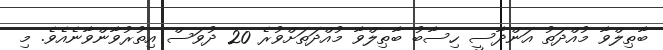
ބާޠިލްވާ މުއްދަތު އަންދާސީ ހިސާބު ބާޠިލްވާ މުއްދަތަށްވުރެ 20 ދުވަސް އިތުރުވާންވާނެއެވެ. މި